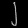
Digit: ၂